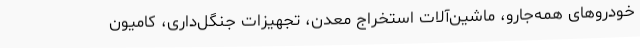
خودروهای همه‌جارو، ماشین‌آلات استخراج معدن، تجهیزات جنگل‌داری، کامیون